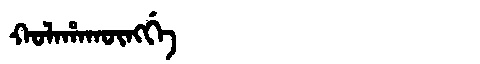
Manchu: ᡴᠣᠯᠠᡥᠠᡴᡡᠩᡤᡝ
Romanization: KOLAHAKŪNGGE